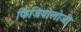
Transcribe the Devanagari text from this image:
फिजियोलोजी